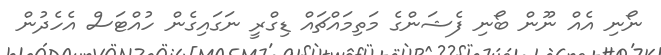
ނޯނި އެއް ނޫން ބޯނި ފެޝަންގެ މަތިމައްޗައް ޑިގްރީ ނަގައިގެން ހުއްޓަސް އެހެދުން